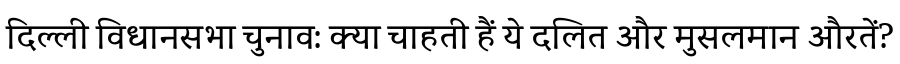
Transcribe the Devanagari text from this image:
दिल्ली विधानसभा चुनाव: क्या चाहती हैं ये दलित और मुसलमान औरतें?